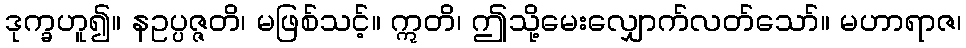
ဒုက္ခဟူ၍။ နဥပ္ပဇ္ဇတိ၊ မဖြစ်သင့်။ ဣတိ၊ ဤသို့မေးလျှောက်လတ်သော်။ မဟာရာဇ၊